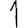
Digit: 1